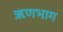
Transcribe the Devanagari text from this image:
ऋणभाग